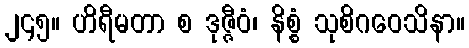
၂၄၅။ ဟိရီမတာ စ ဒုဇ္ဇီဝံ၊ နိစ္စံ သုစိဂဝေသိနာ။